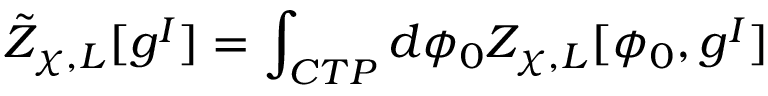
{ \tilde { \cal Z } } _ { \chi , L } [ g ^ { I } ] = \int _ { C T P } d \phi _ { 0 } { \cal Z } _ { \chi , L } [ \phi _ { 0 } , g ^ { I } ]